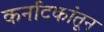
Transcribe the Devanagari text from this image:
कर्नाटकांतून